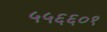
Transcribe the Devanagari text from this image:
५५६६०१